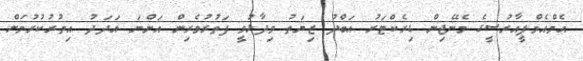
އެމްއެމްޕީއާރުސީގެ މެނޭޖިން ޑިރެކްޓަރު އަބްދު ޒިޔަތު ވިދާޅުވީ ފަތުރުވެރިން އަންނަ އަދަދު އިތުރުކުރުމަށް